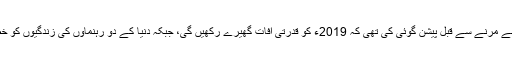
نابینا خاتون بابا وانگا نے مرنے سے قبل پیشن گوئی کی تھی کہ 2019ء کو قدرتی آفات گھیرے رکھیں گی، جبکہ دنیا کے دو رہنماؤں کی زندگیوں کو خطرات لاحق رہیں گے۔